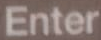
Enter